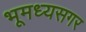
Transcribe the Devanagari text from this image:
भूमध्यसगर